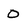
Character: 0